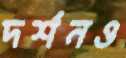
দর্শনও